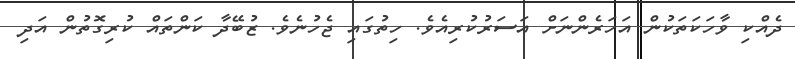
ދެއްކި ވާހަކަތަކުން އަހަރެންނަށް އަސަރުކުރިއެވެ. ހިތުގައި ޖެހުނެވެ. ޒުބޭދާ ކަންތައް ކުރިގޮތުން އަދި